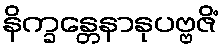
နိက္ခန္တေနာနုပဗ္ဗဇိံ